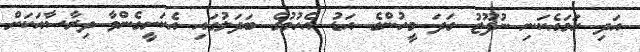
އަދި ހަމައެކަނި ނުފޫޒު ގަދަ މީހުންގެ އަޑު އެހުމުގެ ބަދަލުގައި އެކަށީގެންވާ ދިރާސާއަކަށް